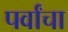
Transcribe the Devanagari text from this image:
पर्वांचा